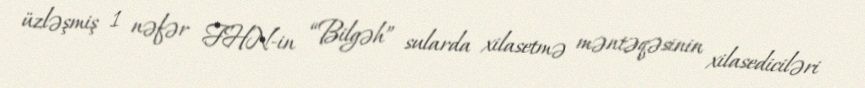
üzləşmiş 1 nəfər FHN-in “Bilgəh” sularda xilasetmə məntəqəsinin xilasediciləri